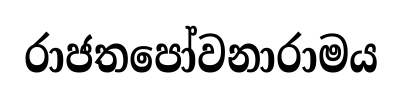
රාජතපෝවනාරාමය